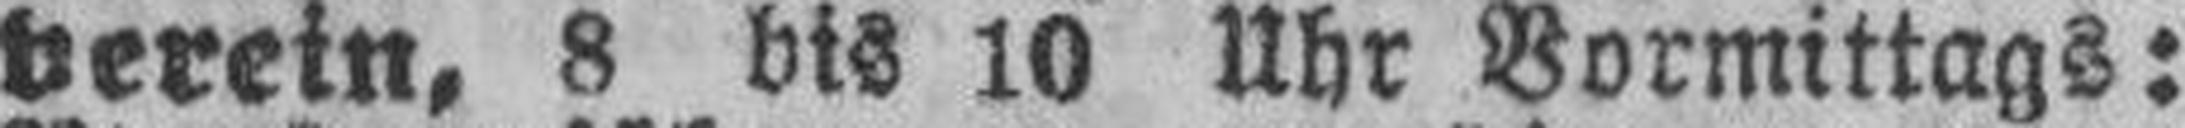
verein, 8 bis 10 Uhr Vormittags: